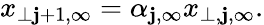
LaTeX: x_{\perp\mathbf{j}+1,\infty}=\alpha_{\mathbf{j},\infty}x_{\perp,\mathbf{j},\infty}.